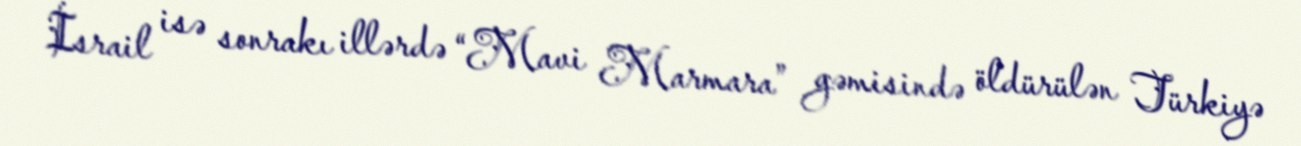
İsrail isə sonrakı illərdə “Mavi Marmara” gəmisində öldürülən Türkiyə